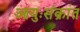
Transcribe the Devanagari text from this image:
आयुःसंक्रांत